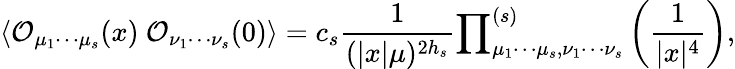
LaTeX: \langle{\cal O}_{\mu_{1}\cdots\mu_{s}}(x)~{\cal O}_{\nu_{1}\cdots\nu_{s}}(0)\rangle=c_{s}\frac{1}{(|x|\mu)^{2h_{s}}}{\prod}_{\mu_{1}\cdots\mu_{s},\nu_{1}\cdots\nu_{s}}^{(s)}\left(\frac{1}{|x|^{4}}\right),